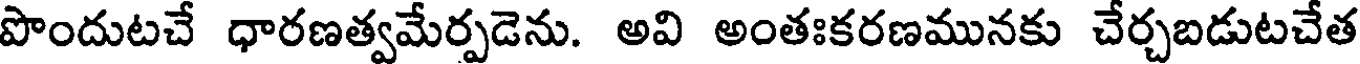
పొందుటచే ధారణత్వమేర్పడెను. అవి అంతఃకరణమునకు చేర్చబడుటచేత